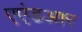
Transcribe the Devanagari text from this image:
एएंडआर